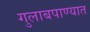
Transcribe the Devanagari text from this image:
गुलाबपाण्यात